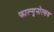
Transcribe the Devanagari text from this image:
फाल्गुनोत्सव